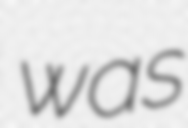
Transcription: was